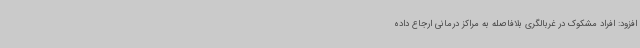
افزود: افراد مشکوک در غربالگری بلافاصله به مراکز درمانی ارجاع داده